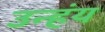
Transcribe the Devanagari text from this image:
उन्हंय